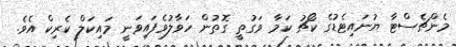
މެންޗެސްޓާ ޔުނައިޓެޑުގެ ކޯޗު ކަމާ ވަގުތީ ގޮތުން ހަވާލުވެފައިވަނީ މައިކަލް ކެރިކް އެވެ.